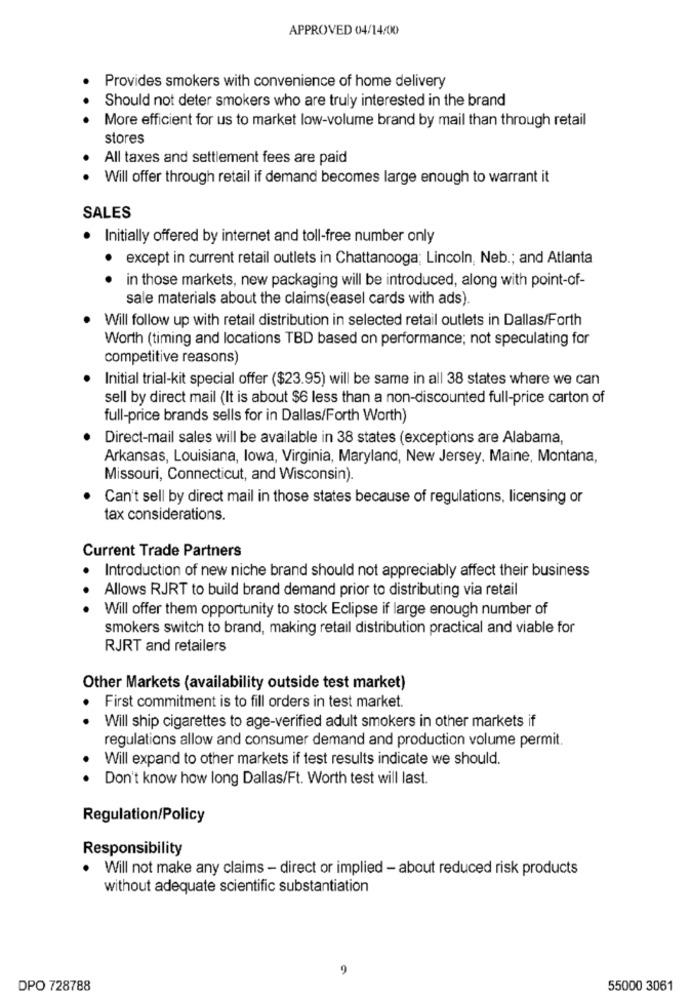
APPROVED 04/14/00
Provides smokers with convenience of home delivery
Should not deter smokers who are truly interested in the brand
More efficient for us to market low-volume brand by mail than through retail
stores
All taxes and settlement fees are paid
Will offer through retail if demand becomes large enough to warrant it
SALES
· Initially offered by internet and toll-free number only
· except in current retail outlets in Chattanooga; Lincoln, Neb .; and Atlanta
in those markets, new packaging will be introduced, along with point-of-
sale materials about the claims(easel cards with ads).
Will follow up with retail distribution in selected retail outlets in Dallas/Forth
Worth (timing and locations TBD based on performance; not speculating for
competitive reasons)
Initial trial-kit special offer ($23.95) will be same in all 38 states where we can
sell by direct mail (It is about $6 less than a non-discounted full-price carton of
full-price brands sells for in Dallas/Forth Worth)
Direct-mail sales will be available in 38 states (exceptions are Alabama,
Arkansas, Louisiana, lowa, Virginia, Maryland, New Jersey, Maine, Montana,
Missouri, Connecticut, and Wisconsin).
Can't sell by direct mail in those states because of regulations, licensing or
tax considerations.
Current Trade Partners
Introduction of new niche brand should not appreciably affect their business
Allows RJRT to build brand demand prior to distributing via retail
Will offer them opportunity to stock Eclipse if large enough number of
smokers switch to brand, making retail distribution practical and viable for
RJRT and retailers
Other Markets (availability outside test market)
First commitment is to fill orders in test market.
· Will ship cigarettes to age-verified adult smokers in other markets if
regulations allow and consumer demand and production volume permit.
Will expand to other markets if test results indicate we should.
Don't know how long Dallas/Ft. Worth test will last.
Regulation/Policy
Responsibility
. Will not make any claims - direct or implied - about reduced risk products
without adequate scientific substantiation
9
DPO 728788
55000 3061